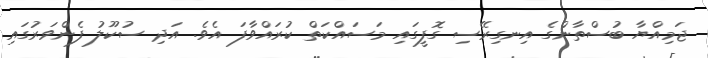
ޖަމިއްޔާ ބުސްތާންގެ އިނގިރޭސި ގޮފީގައި މަސައްކަތް ކުރައްވާފަ އެވެ. އަދި ސުކޫލު ފެންވަރުގައި